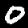
Label: 0